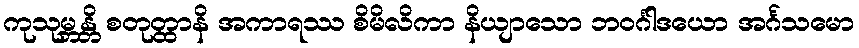
ကုသုမ္ဘန္တိ စတုတ္ထာနိ အကာရဿ စိမိလိကာ နိယျာသော ဘဝင်္ဂါဒယော အင်္ဂသမော